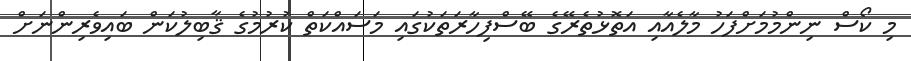
މި ކޯސް ނިންމުމަށްފަހު މާލެއާއި އަތޮޅުތެރޭގެ ބޭސްފިހާރަތަކުގައި މަސައްކަތް ކުރުމުގެ ޤާބިލުކަން ބައިވެރިންނަށް